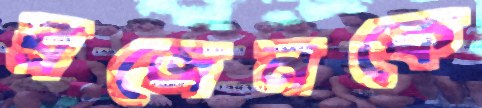
ব্রজেনকে